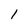
Character: 1